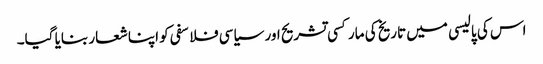
اس کی پالیسی میں تاریخ کی مارکسی تشریح اور سیاسی فلاسفی کو اپنا شعار بنایا گیا۔